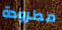
مطرودة